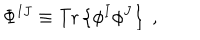
\Phi ^ { I J } \equiv { \mathrm { T r } } \left\{ \phi ^ { I } \phi ^ { J } \right\} ~ ,